Civil Veterinary Dept. Bombay admin report 1932-41 - 1932-1941
Year: 1932
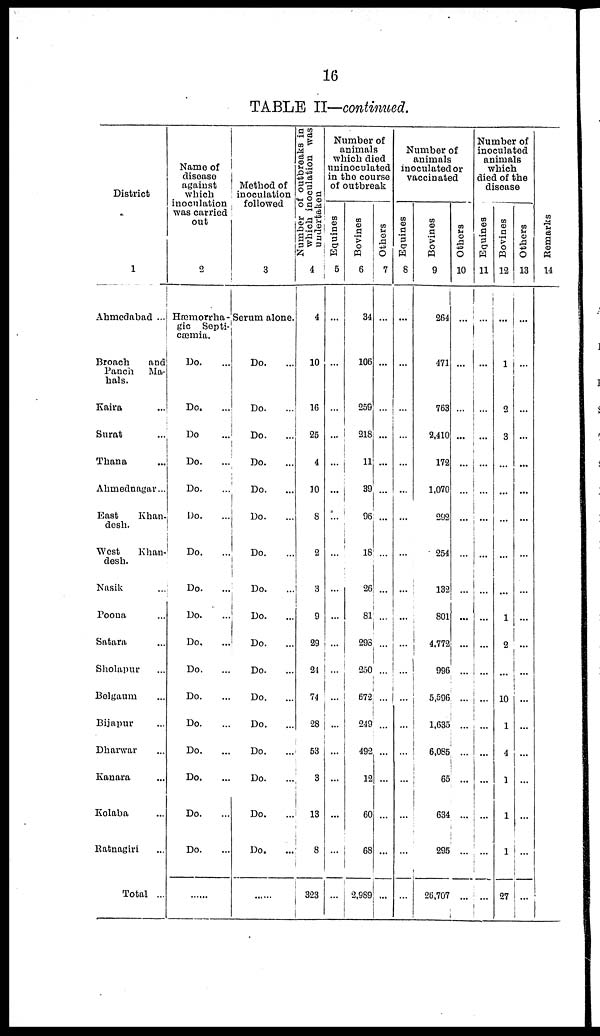
16
TABLE II—continued.
District
1
Ahmedabad ...
Broach
and
Panch Ma-
hals.
Kaira ...
Surat ...
Thana ...
Ahmednagar...
East
Khan-
desh.
West
Khan-
desh.
Nasik ...
Poona ...
Satara ...
Sholapur ...
Belgaum ...
Bijapur ...
Dharwar ...
Kanara ...
Kolaba ...
Ratnagiri ...
Total ...
Name of
disease
against
which
inoculation
was carried
out
2
Hæmorrha-
gic Septi-
cæmia.
Do. ...
Do. ...
Do. ...
Do. ...
Do. ...
Do. ...
Do. ...
Do.
...
Do. ...
Do. ...
Do. ...
Do. ...
Do. ...
Do. ...
Do. ...
Do. ...
Do. ...
......
Method of
inoculation
followed
3
Serum alone.
Do. ...
Do. ...
Do. ...
Do. ...
Do. ...
Do. ...
Do. ...
Do. ...
Do. ...
Do. ...
Do. ...
Do. ...
Do. ...
Do. ...
Do. ...
Do. ...
Do. ...
......
Number of outbreaks in
which inoculation was
undertaken
4
4
10
16
25
4
10
8
2
3
9
29
21
74
28
53
3
13
8
323
Number of
animals
which died
uninoculated
in the course
of outbreak
Equines
5
...
...
...
...
...
...
...
...
...
...
...
...
...
...
...
...
...
...
...
Bovines
6
34
106
259
218
11
39
96
18
26
81
298
230
672
249
492
12
60
68
2,989
Others
7
...
...
...
...
...
...
...
...
...
...
...
...
...
...
...
...
...
...
...
Number of
animals
inoculated or
vaccinated
Equines
8
...
...
...
...
...
...
...
...
...
...
...
...
...
...
...
...
...
...
...
Bovines
9
264
471
763
2,410
172
1,070
292
254
132
801
4,772
986
5,596
l,635
6,085
65
634
295
26,707
Others
10
...
...
...
...
...
...
...
...
...
...
...
...
...
...
...
...
...
...
...
Number of
inoculated
animals
which
died of the
disease
Equines
11
...
...
...
...
...
...
...
...
...
...
...
...
...
...
...
...
...
...
...
Bovines
12
...
1
2
3
...
...
...
...
...
1
2
...
10
1
4
1
1
1
27
Others
13
...
...
...
...
...
...
...
...
...
...
...
...
...
...
...
...
...
...
...
Remarks
14